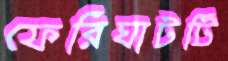
ফেরিঘাটটি